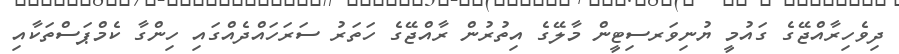
ދިވެހިރާއްޖޭގެ ގައުމީ ޔުނިވަރސިޓީން މާލޭގެ އިތުރުން ރާއްޖޭގެ ހަތަރު ސަރަހައްދެއްގައި ހިންގާ ކެމްޕަސްތަކާއި